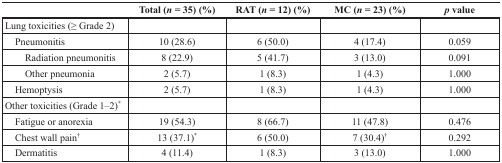
|  | Total (n = 35) (%) | RAT (n = 12) (%) | MC (n = 23) (%) | p value |
 | --- | --- | --- | --- | --- |
 | Lung toxicities (≥ Grade 2) |  |  |  |  |
 | Pneumonitis | 10 (28.6) | 6 (50.0) | 4 (17.4) | 0.059 |
 | Radiation pneumonitis | 8 (22.9) | 5 (41.7) | 3 (13.0) | 0.091 |
 | Other pneumonia | 2 (5.7) | 1 (8.3) | 1 (4.3) | 1.000 |
 | Hemoptysis | 2 (5.7) | 1 (8.3) | 1 (4.3) | 1.000 |
 | Other toxicities (Grade 1–2)* |  |  |  |  |
 | Fatigue or anorexia | 19 (54.3) | 8 (66.7) | 11 (47.8) | 0.476 |
 | Chest wall pain† | 13 (37.1)* | 6 (50.0) | 7 (30.4)† | 0.292 |
 | Dermatitis | 4 (11.4) | 1 (8.3) | 3 (13.0) | 1.000 |